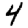
Digit: 4